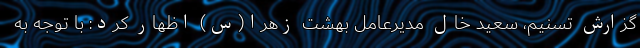
گزارش تسنیم، سعید خال مدیرعامل بهشت زهرا(س) اظهار کرد: با توجه به